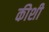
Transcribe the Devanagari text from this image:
कीशी